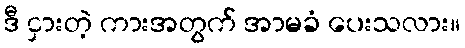
ဒီ ငှားတဲ့ ကားအတွက် အာမခံ ပေးသလား။